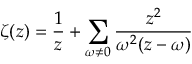
\zeta ( z ) = \frac { 1 } { z } + \sum _ { \omega \neq 0 } \frac { z ^ { 2 } } { \omega ^ { 2 } ( z - \omega ) }